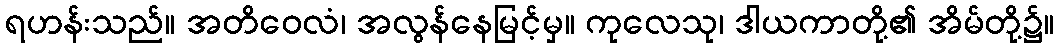
ရဟန်းသည်။ အတိဝေလံ၊ အလွန်နေမြင့်မှ။ ကုလေသု၊ ဒါယကာတို့၏ အိမ်တို့၌။